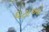
ઘટાઓ